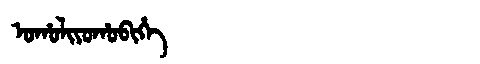
Manchu: ᠣᡥᠣᠯᡳᠶᠣᡥᠣᠪᡳᡥᡝ
Romanization: OHOLIYOHOBIHE